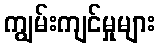
ကျွမ်းကျင်မှုများ